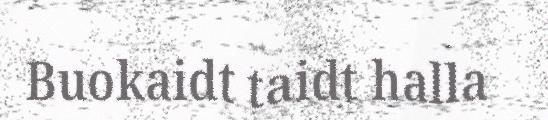
Buokaidt taidt halla